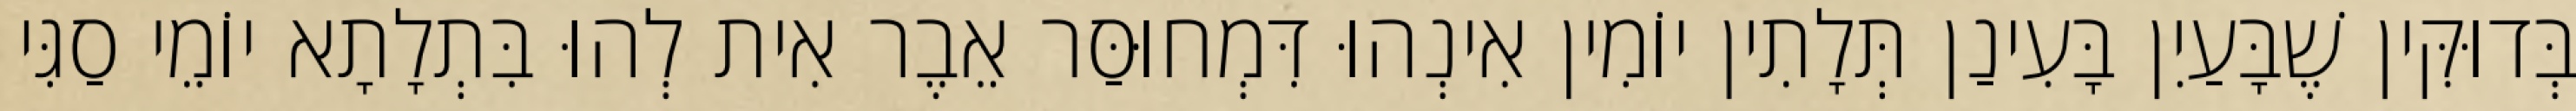
בְּדוּקִּין שֶׁבָּעַיִן בָּעִינַן תְּלָתִין יוֹמִין אִינְהוּ דִּמְחוּסַּר אֵבֶר אִית לְהוּ בִּתְלָתָא יוֹמֵי סַגִּי